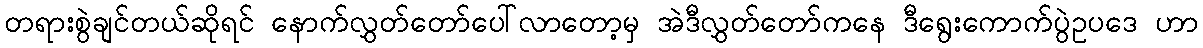
တရားစွဲချင်တယ်ဆိုရင် နောက်လွှတ်တော်ပေါ်လာတော့မှ အဲဒီလွှတ်တော်ကနေ ဒီရွေးကောက်ပွဲဥပဒေ ဟာ